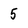
Character: 5